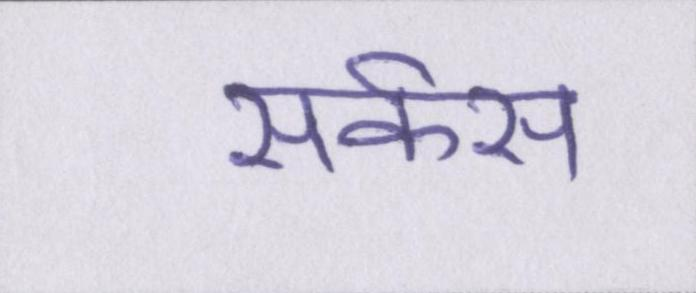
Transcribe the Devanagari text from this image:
सर्कस